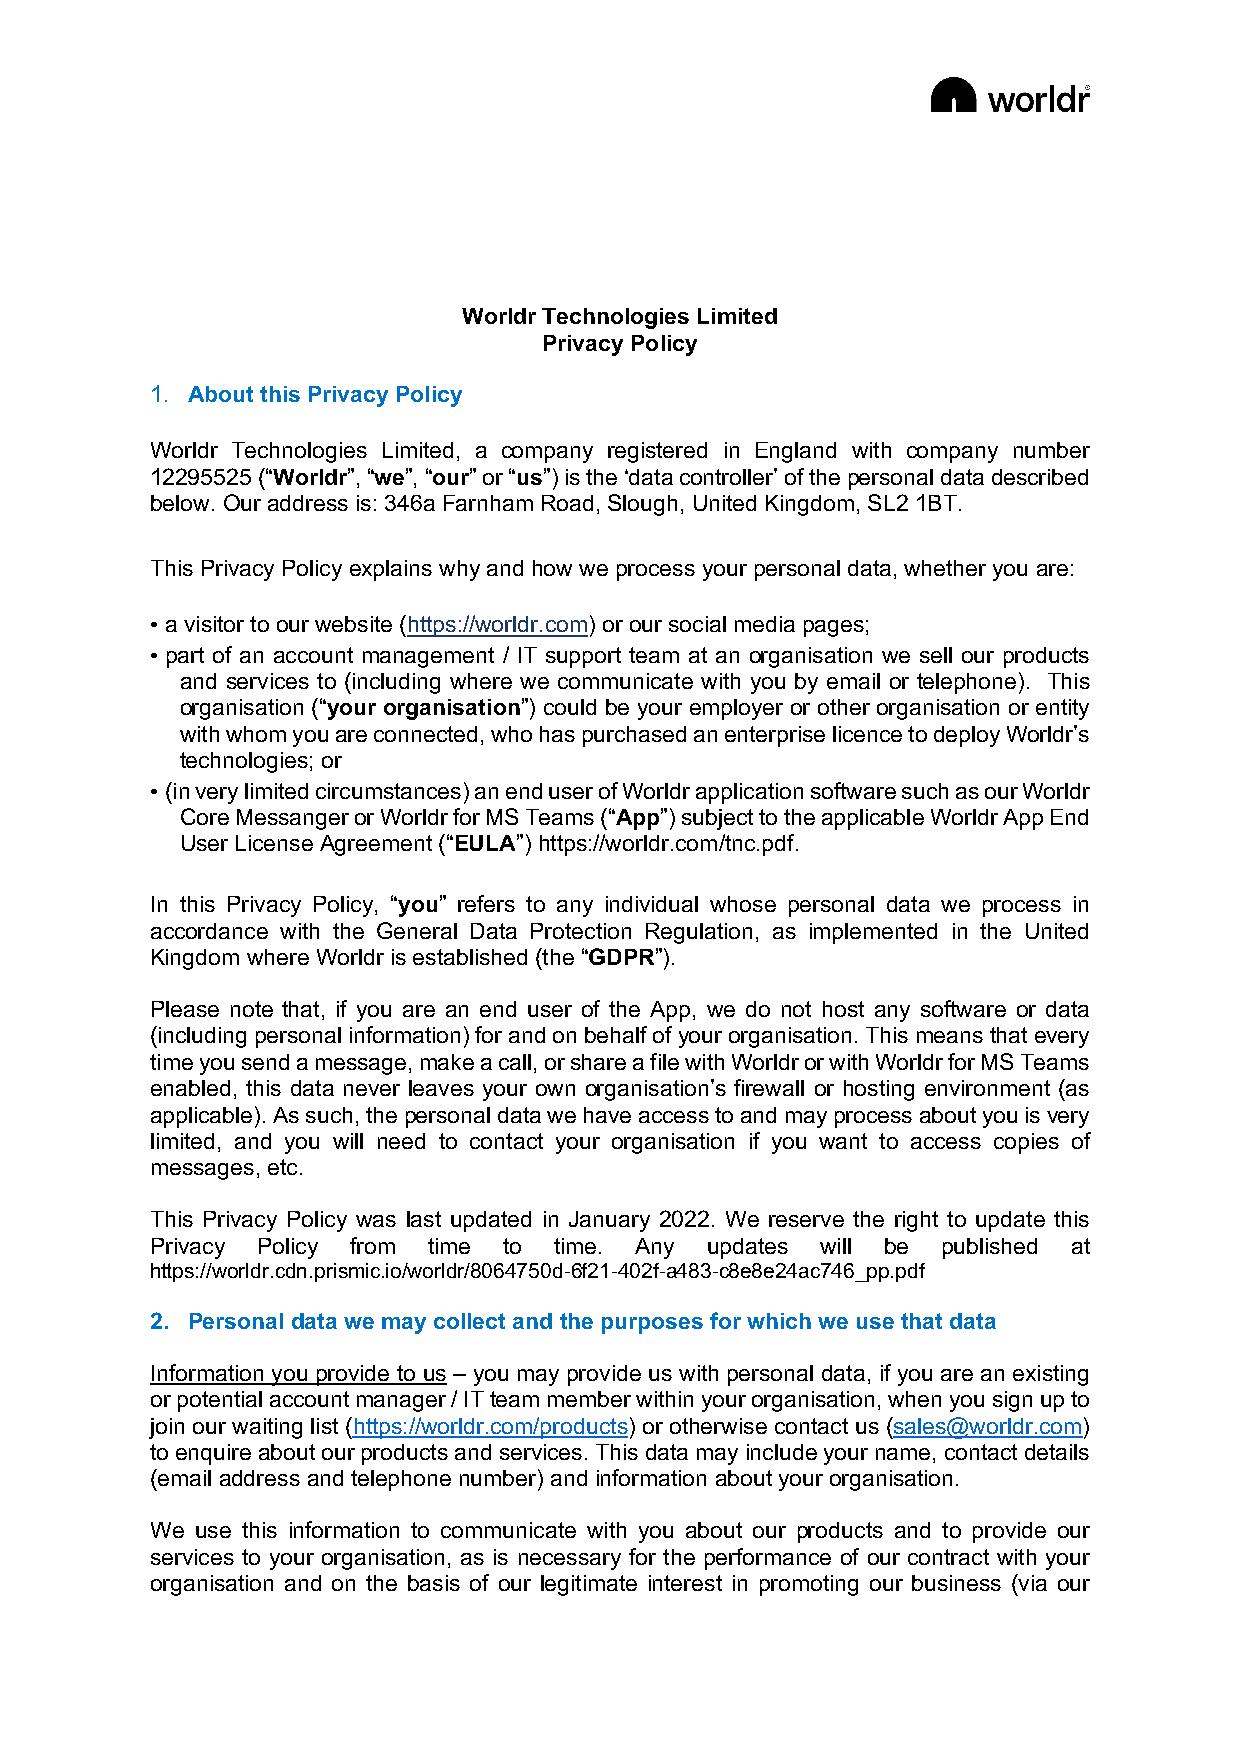
Worldr Technologies Limited
 Privacy Policy
 1. About this Privacy Policy
 Worldr Technologies Limited, a company registered in England with company number
 12295525 (“Worldr”, “we”, “our” or “us”) is the ‘data controller’ of the personal data described
 below. Our address is: 346a Farnham Road, Slough, United Kingdom, SL2 1BT.
 This Privacy Policy explains why and how we process your personal data, whether you are:
 • a visitor to our website (https://worldr.com) or our social media pages;
 • part of an account management / IT support team at an organisation we sell our products
 and services to (including where we communicate with you by email or telephone). This
 organisation (“your organisation”) could be your employer or other organisation or entity
 with whom you are connected, who has purchased an enterprise licence to deploy Worldr’s
 technologies; or
 • (in very limited circumstances) an end user of Worldr application software such as our Worldr
 Core Messanger or Worldr for MS Teams (“App”) subject to the applicable Worldr App End
 User License Agreement (“EULA”) https://worldr.com/tnc.pdf.
 In this Privacy Policy, “you” refers to any individual whose personal data we process in
 accordance with the General Data Protection Regulation, as implemented in the United
 Kingdom where Worldr is established (the “GDPR”).
 Please note that, if you are an end user of the App, we do not host any software or data
 (including personal information) for and on behalf of your organisation. This means that every
 time you send a message, make a call, or share a file with Worldr or with Worldr for MS Teams
 enabled, this data never leaves your own organisation’s firewall or hosting environment (as
 applicable). As such, the personal data we have access to and may process about you is very
 limited, and you will need to contact your organisation if you want to access copies of
 messages, etc.
 This Privacy Policy was last updated in January 2022. We reserve the right to update this
 Privacy Policy from time to time. Any updates will be published at
 https://worldr.cdn.prismic.io/worldr/8064750d-6f21-402f-a483-c8e8e24ac746_pp.pdf
 2. Personal data we may collect and the purposes for which we use that data
 Information you provide to us – you may provide us with personal data, if you are an existing
 or potential account manager / IT team member within your organisation, when you sign up to
 join our waiting list (https://worldr.com/products) or otherwise contact us (sales@worldr.com)
 to enquire about our products and services. This data may include your name, contact details
 (email address and telephone number) and information about your organisation.
 We use this information to communicate with you about our products and to provide our
 services to your organisation, as is necessary for the performance of our contract with your
 organisation and on the basis of our legitimate interest in promoting our business (via our